Mental hospitals Bombay report 1921-28 - 1921-1928
Year: 1921
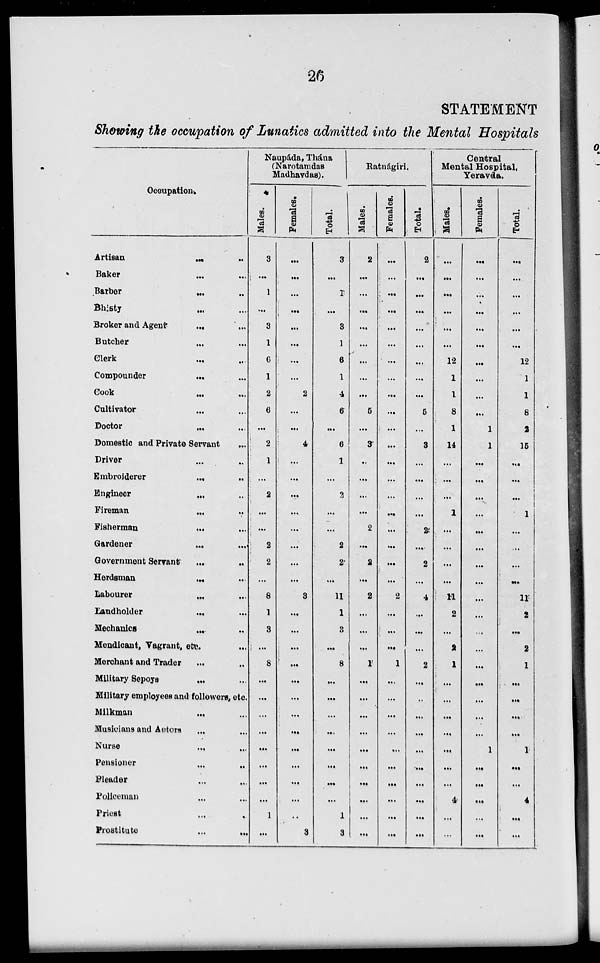
26
STATEMENT
Showing the occupation of Lunatics admitted into the Mental Hospitals
Occupation.
Artisan ... ...
Baker ... ...
Barber ... ...
Bhisty ... ...
Broker and Agent...
...
Butcher... ...
Clerk
...
...
Compounder... ...
Cook
...
...
Cultivator... ...
Doctor ... ...
Domestic and Private Servant ... ...
Driver ... ...
Embroiderer... ...
Engineer... ...
Fireman... ...
Fisherman... ...
Gardener...
...
Government Servant... ...
Herdsman
...
...
Labourer
...
...
Landholder
...
...
Mechanics
...
...
Mendicant, Vagrant, etc.... ...
Merchant and Trader... ...
Military Sepoys... ...
Military employees and followers, etc.
Milkman
...
...
Musicians and Actors ... ...
Nurse ... ...
Pensioner ... ...
Pleader... ...
Policeman... ...
Priest... ...
Prostitute... ...
Naupáda, Thána
(Narotamdas
Madhavdas).
Males.
3
...
1
...
3
1
6
1
2
6
...
2
1
...
2
...
...
2
2
...
8
1
3
...
8
...
...
...
...
...
...
...
...
1
...
Females.
...
...
...
...
...
...
...
...
2
...
...
4
...
...
...
...
...
...
...
...
3
...
...
...
...
...
...
...
...
...
...
...
...
...
3
Total.
3
...
1
...
3
1
6
1
4
6
...
6
1
...
2
...
...
2
2
...
11
1
3
...
8
...
...
...
...
...
...
...
...
1
3
Ratnágiri.
Males.
2
...
...
...
...
...
...
...
...
5
...
3
...
...
...
...
2
...
2
...
2
...
...
...
1
...
...
...
...
...
...
...
...
...
...
Females.
...
...
...
...
...
...
...
...
...
...
...
...
...
...
...
...
...
...
...
...
2
...
...
...
1
...
...
...
...
...
...
...
...
...
...
Total.
2
...
...
...
...
...
...
...
...
5
...
3
...
...
...
...
2
...
2
...
4
...
...
...
2
...
...
...
...
...
...
...
...
...
...
Central
Mental Hospital,
Yeravda.
Males.
...
...
...
...
...
...
12
1
1
8
1
14
...
...
...
1
...
...
...
...
11
2
...
2
1
...
...
...
...
...
...
...
4
...
...
Females.
...
...
...
...
...
...
...
...
...
...
1
1
...
...
...
...
...
...
...
...
...
...
...
...
...
...
...
...
...
1
...
...
...
...
...
Total.
...
...
...
...
...
...
12
1
1
8
2
15
...
...
...
1
...
...
...
...
11
2
...
2
1
...
...
...
...
1
...
...
4
...
...